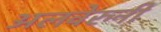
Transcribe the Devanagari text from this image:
अलवेरुनी